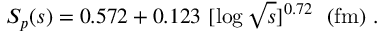
S _ { p } ( s ) = 0 . 5 7 2 + 0 . 1 2 3 ~ [ \log \sqrt { s } ] ^ { 0 . 7 2 } ~ ~ ( \mathrm { f m } ) ~ .